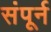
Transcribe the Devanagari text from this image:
संपूर्न